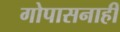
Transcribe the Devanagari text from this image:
गोपासनाही